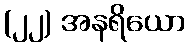
(၂၂) အနရိယော